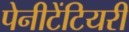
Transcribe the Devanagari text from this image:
पेनीटेंटियरी